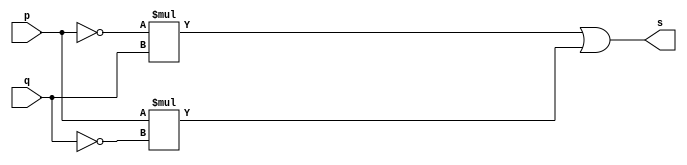
// ----------------------------------------
// Exerccio0006 - XOR
// Nome: Joo Henrique Mendes de Oliveira
// ----------------------------------------

// -------------------------
// -- xor gate
// -------------------------

module xorgate(output s, input p, input q);
	assign s = (~p*q) | (p*~q);
endmodule //-- xorgate

// -------------------------
// -- test xor gate
// -------------------------

module testxorgate;
//-- dados locais
	reg a, b;
	wire s;
	
	xorgate XOR1(s, a, b);
	
	initial begin:start
		a = 0; b = 0;
	end //-- start

	initial begin:main
		$display("Exerccio0006 - Joo Henrique - 392734");
		$display("Test XOR gate");
		$display("\n~ab | a~b = s\n");
		$monitor("~%b%b + %b~%b = %b", a, b, a, b, s);
		
	#1 a = 0; b = 0;
	#1 a = 0; b = 1;
	#1 a = 1; b = 0;
	#1 a = 1; b = 1;
	
	end //-- main

endmodule //-- testxorgate